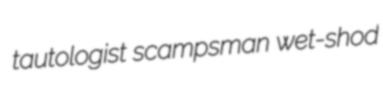
tautologist scampsman wet-shod